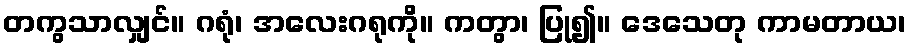
တကွသာလျှင်။ ဂရုံ၊ အလေးဂရုကို။ ကတွာ၊ ပြု၍။ ဒေသေတု ကာမတာယ၊